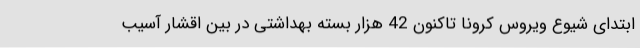
ابتدای شیوع ویروس کرونا تاکنون 42 هزار بسته بهداشتی در بین اقشار آسیب